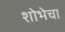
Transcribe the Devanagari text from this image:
शोभेचा